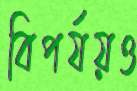
বিপর্যয়ও